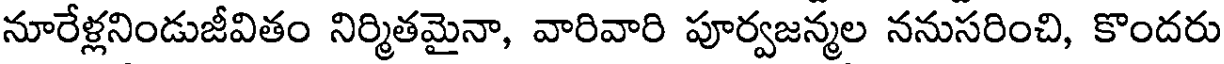
నూరేళ్లనిండుజీవితం నిర్మితమైనా, వారివారి పూర్వజన్మల ననుసరించి, కొందరు